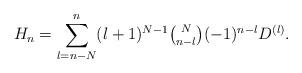
LaTeX: \begin{align*}H_n=\displaystyle\sum_{l=n-N}^n(l+1)^{N-1} \tbinom{N}{n-l}(-1)^{n-l}D^{(l)}.\end{align*}